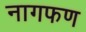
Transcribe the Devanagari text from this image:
नागफण